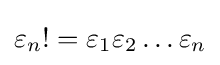
\varepsilon _{n}!=\varepsilon _{1}\varepsilon _{2}\ldots \varepsilon _{n}